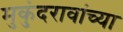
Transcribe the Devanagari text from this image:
मुकुंदरावांच्या